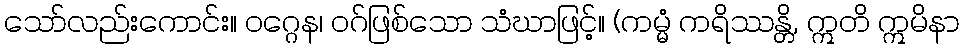
သော်လည်းကောင်း။ ဝဂ္ဂေန၊ ဝဂ်ဖြစ်သော သံဃာဖြင့်။ (ကမ္မံ ကရိဿန္တိ, ဣတိ ဣမိနာ